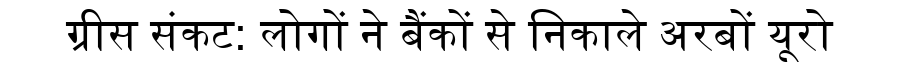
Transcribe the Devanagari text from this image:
ग्रीस संकट: लोगों ने बैंकों से निकाले अरबों यूरो